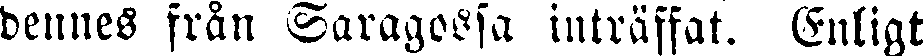
dennes från Saragossa inträffat. Enligt